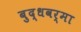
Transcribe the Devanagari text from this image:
बुद्धवर्मा